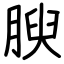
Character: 腴